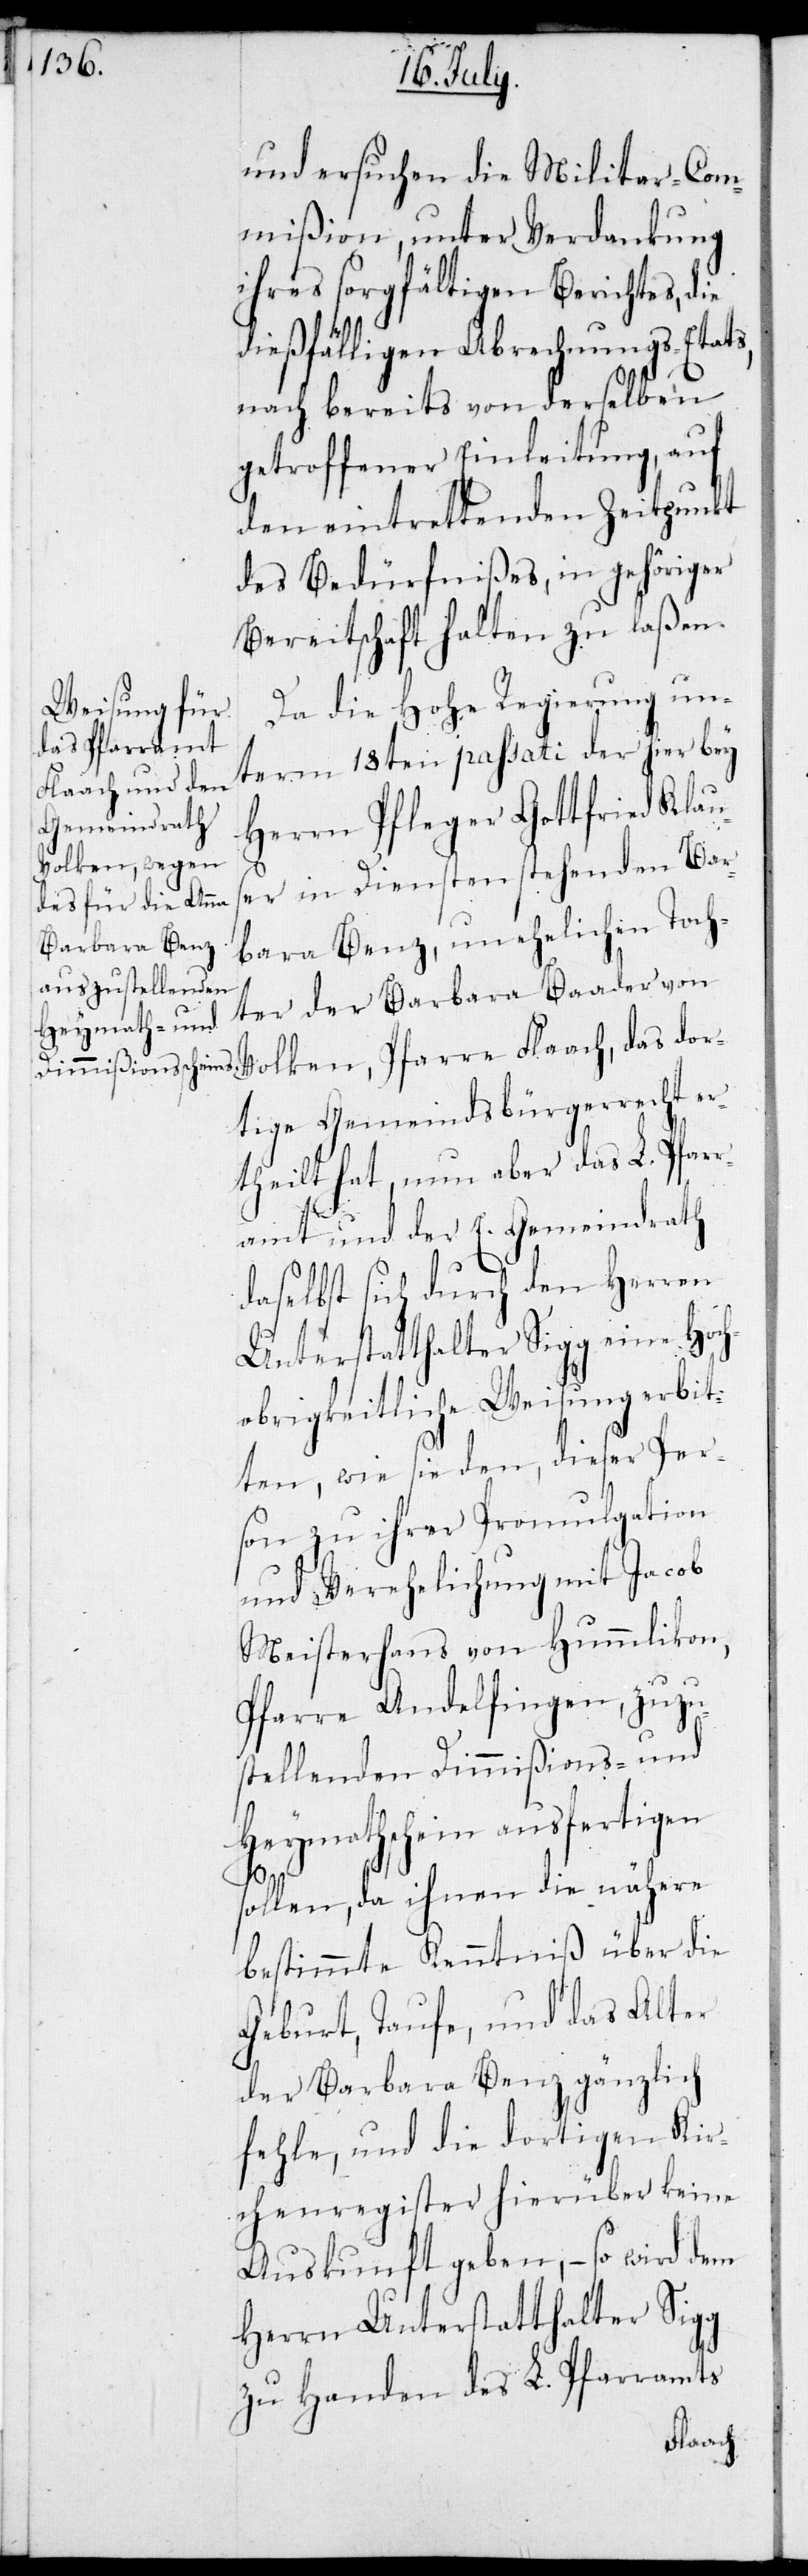
und ersuchen die Militar-Com¬
mißion, unter Verdankung
ihres sorgfältigen Berichtes, die
dießfälligen Abrechnungs-Etats,
nach bereits von derselben
getroffener Einleitung, auf
den eintrettenden Zeitpunkt
des Bedürfnißes, in gehöriger
Bereitschaft halten zu laßen.
Da die Hohe Regierung un¬
term 18ten passati der hier bey
Herrn Pfleger Gottfried Klau¬
ser in Diensten stehenden Bar¬
bara Benz, unehelichen Toch¬
ter der Barbara Baader von
tige Gemeindsbürgerrecht er¬
theilt hat, nun aber das L. Pfar¬
ramt und der E. Gemeindrath
daselbst sich durch den Herren
Unterstatthalter Sigg eine Hoch¬
obrigkeitliche Weisung erbit¬
ten, wie sie den, dieser Per¬
son zu ihren Promulgation
und Verehelichung mit Jacob
Meisterhans von Hummlikon,
Pfarre Andelfingen, zuzu¬
stellenden Dimmißions- und
Heymathschein ausfertigen
dor¬
sollen, da ihnen die nähere
bestimmte Kenntniß über die
Geburt, Taufe, und das Alter
der Barbara Benz gänzlich
fehlen, und die dortigen Kir¬
chenregister hierüber keine
Auskunft geben, – so wird dem
Herrn Unterstattalter Sigg
zu Handen des L. Pfarramts
Flaach,